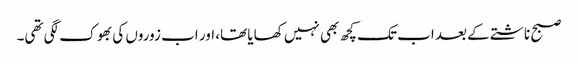
صبح ناشتے کے بعد اب تک کچھ بھی نہیں کھایا تھا، اور اب زوروں کی بھوک لگی تھی۔